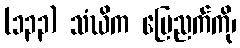
(၁၃၃) သံဃိက မြေညက်ကို၊